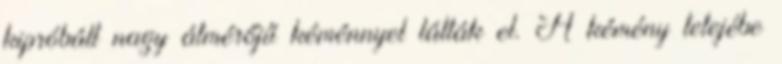
kipróbált nagy átmérőjű kéménnyel látták el. A kémény tetejébe